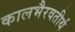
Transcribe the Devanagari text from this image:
कालभैरवतीर्थ